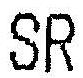
SR